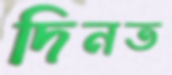
দিনত